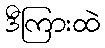
ဒီကြားထဲ